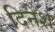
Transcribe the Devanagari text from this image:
दिनेश